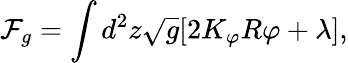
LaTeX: \mathcal F_{g}=\int d^{2}z\sqrt{g}[2K_{\varphi}R\varphi+\lambda],